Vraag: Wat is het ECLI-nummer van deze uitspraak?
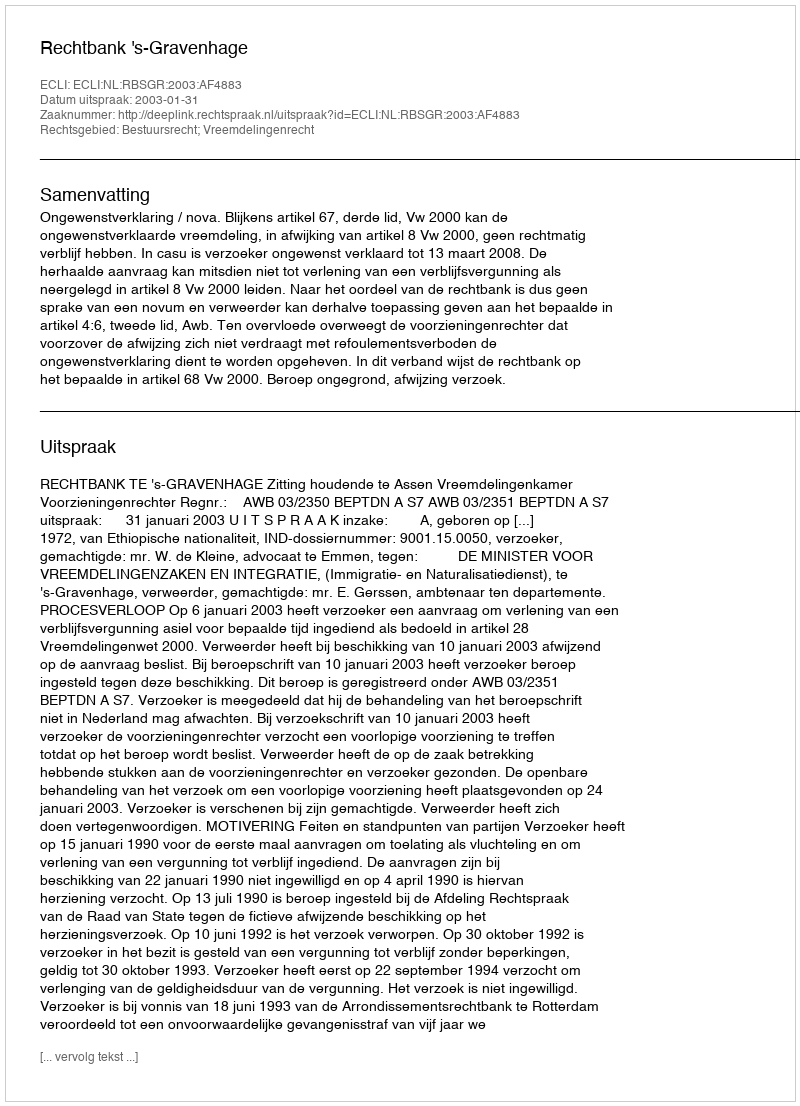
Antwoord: ECLI:NL:RBSGR:2003:AF4883